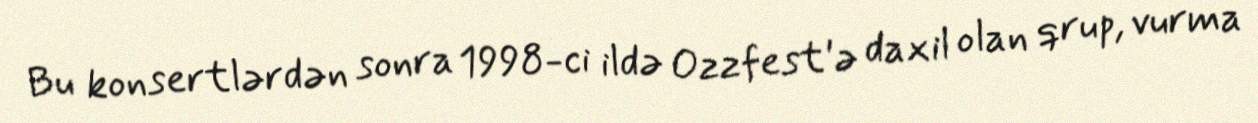
Bu konsertlərdən sonra 1998-ci ildə Ozzfest'ə daxil olan qrup, vurma